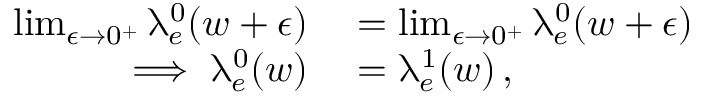
\begin{array} { r l } { \operatorname* { l i m } _ { \epsilon \rightarrow 0 ^ { + } } \uplambda _ { e } ^ { 0 } ( w + \epsilon ) } & { { } = \operatorname* { l i m } _ { \epsilon \rightarrow 0 ^ { + } } \uplambda _ { e } ^ { 0 } ( w + \epsilon ) } \\ { \implies \uplambda _ { e } ^ { 0 } ( w ) } & { { } = \uplambda _ { e } ^ { 1 } ( w ) \, , } \end{array}